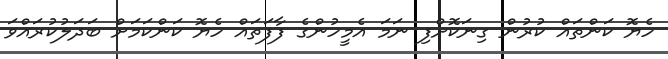
ހެޔޮ ކަންތައް ކުރުން ގިނަކޮށްފި ނަމަ އެމީހުންގެ ފާފަތައް ހެޔޮ ކަންކަމަށް ބަދަލުކުރައްވަ